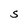
Character: S